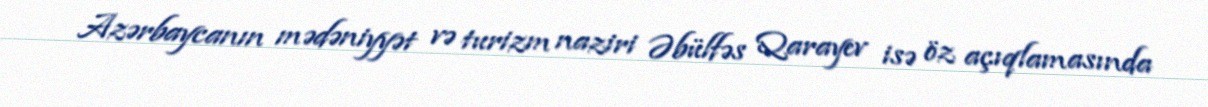
Azərbaycanın mədəniyyət və turizm naziri Əbülfəs Qarayev isə öz açıqlamasında